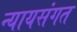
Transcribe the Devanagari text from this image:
न्‍यायसंगत